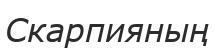
Скарпияның